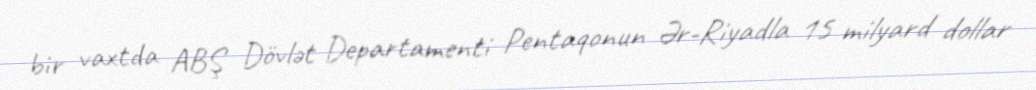
bir vaxtda ABŞ Dövlət Departamenti Pentaqonun Ər-Riyadla 15 milyard dollar